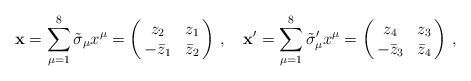
\begin{align*}\mathbf{x}=\sum_{\mu =1}^8 \tilde{\sigma}_{\mu}x^{\mu}=\left( \begin{array}{@{\,}cc@{\,}} z_2 & z_1\\ -\bar{z}_1 & \bar{z}_2 \end{array} \right)\,,\quad \mathbf{x}'=\sum_{\mu =1}^8 \tilde{\sigma}'_{\mu}x^{\mu}=\left( \begin{array}{@{\,}cc@{\,}} z_4 & z_3\\ -\bar{z}_3 & \bar{z}_4 \end{array} \right)\,,\end{align*}